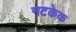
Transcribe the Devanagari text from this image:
नटकेक